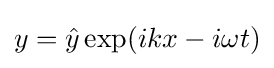
y={\hat {y}}\exp(ikx-i\omega t)